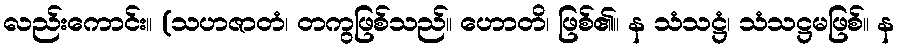
လည်းကောင်း။ (သဟဇာတံ၊ တကွဖြစ်သည်။ ဟောတိ၊ ဖြစ်၏။ န သံသဋ္ဌံ၊ သံသဋ္ဌမဖြစ်။ န